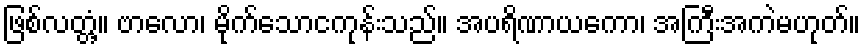
ဖြစ်လတ္တံ့။ ဗာလော၊ မိုက်သောငကုန်းသည်။ အပရိဏာယကော၊ အကြီးအကဲမဟုတ်။